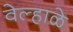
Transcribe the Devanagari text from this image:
वेल्हाळे